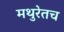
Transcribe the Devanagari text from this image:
मथुरेतच